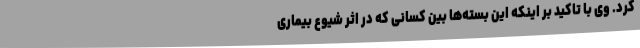
کرد. وی با تاکید بر اینکه این بسته‌ها بین کسانی که در اثر شیوع بیماری